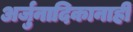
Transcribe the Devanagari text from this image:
अर्जुनादिकानाही